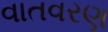
વાતવરણ